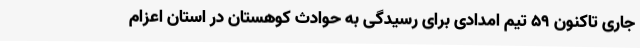
جاری تاکنون 59 تیم امدادی برای رسیدگی به حوادث کوهستان در استان اعزام